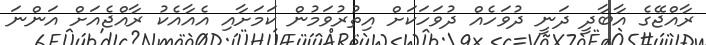
ރާއްޖޭގެ އާބާދީ ދަނީ ދުވަހެއް ދުވަހަކަށް އިތުރުވަމުން ކަމަށާއި އެއާއެކު ރާއްޖެއަށް އަންނަ